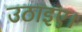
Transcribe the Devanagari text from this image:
उठाइए।